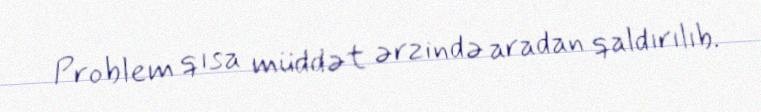
Problem qısa müddət ərzində aradan qaldırılıb.